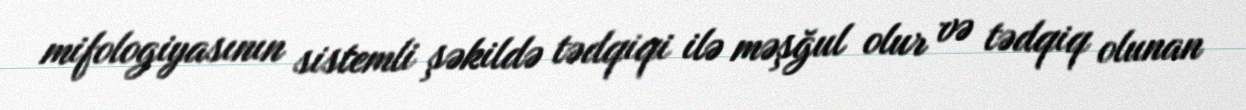
mifologiyasının sistemli şəkildə tədqiqi ilə məşğul olur və tədqiq olunan